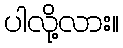
ပါလို့လား။